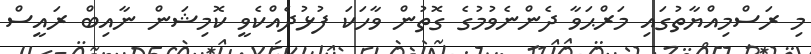
މި ރަސްމިއްޔާތުގައި މަރްޙަވާ ދެންނެވުމުގެ ގޮތުން ވާހަކަ ފުޅުދެއްކެވީ ކޮމިޝަން ނާއިބް ރައީސް